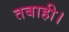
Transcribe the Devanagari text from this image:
तबाही।